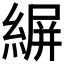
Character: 𦂤